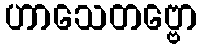
ဟာသေတဗ္ဗော